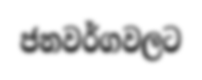
ජනවර්ගවලට